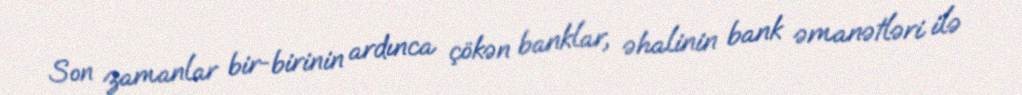
Son zamanlar bir-birinin ardınca çökən banklar, əhalinin bank əmanətləri ilə